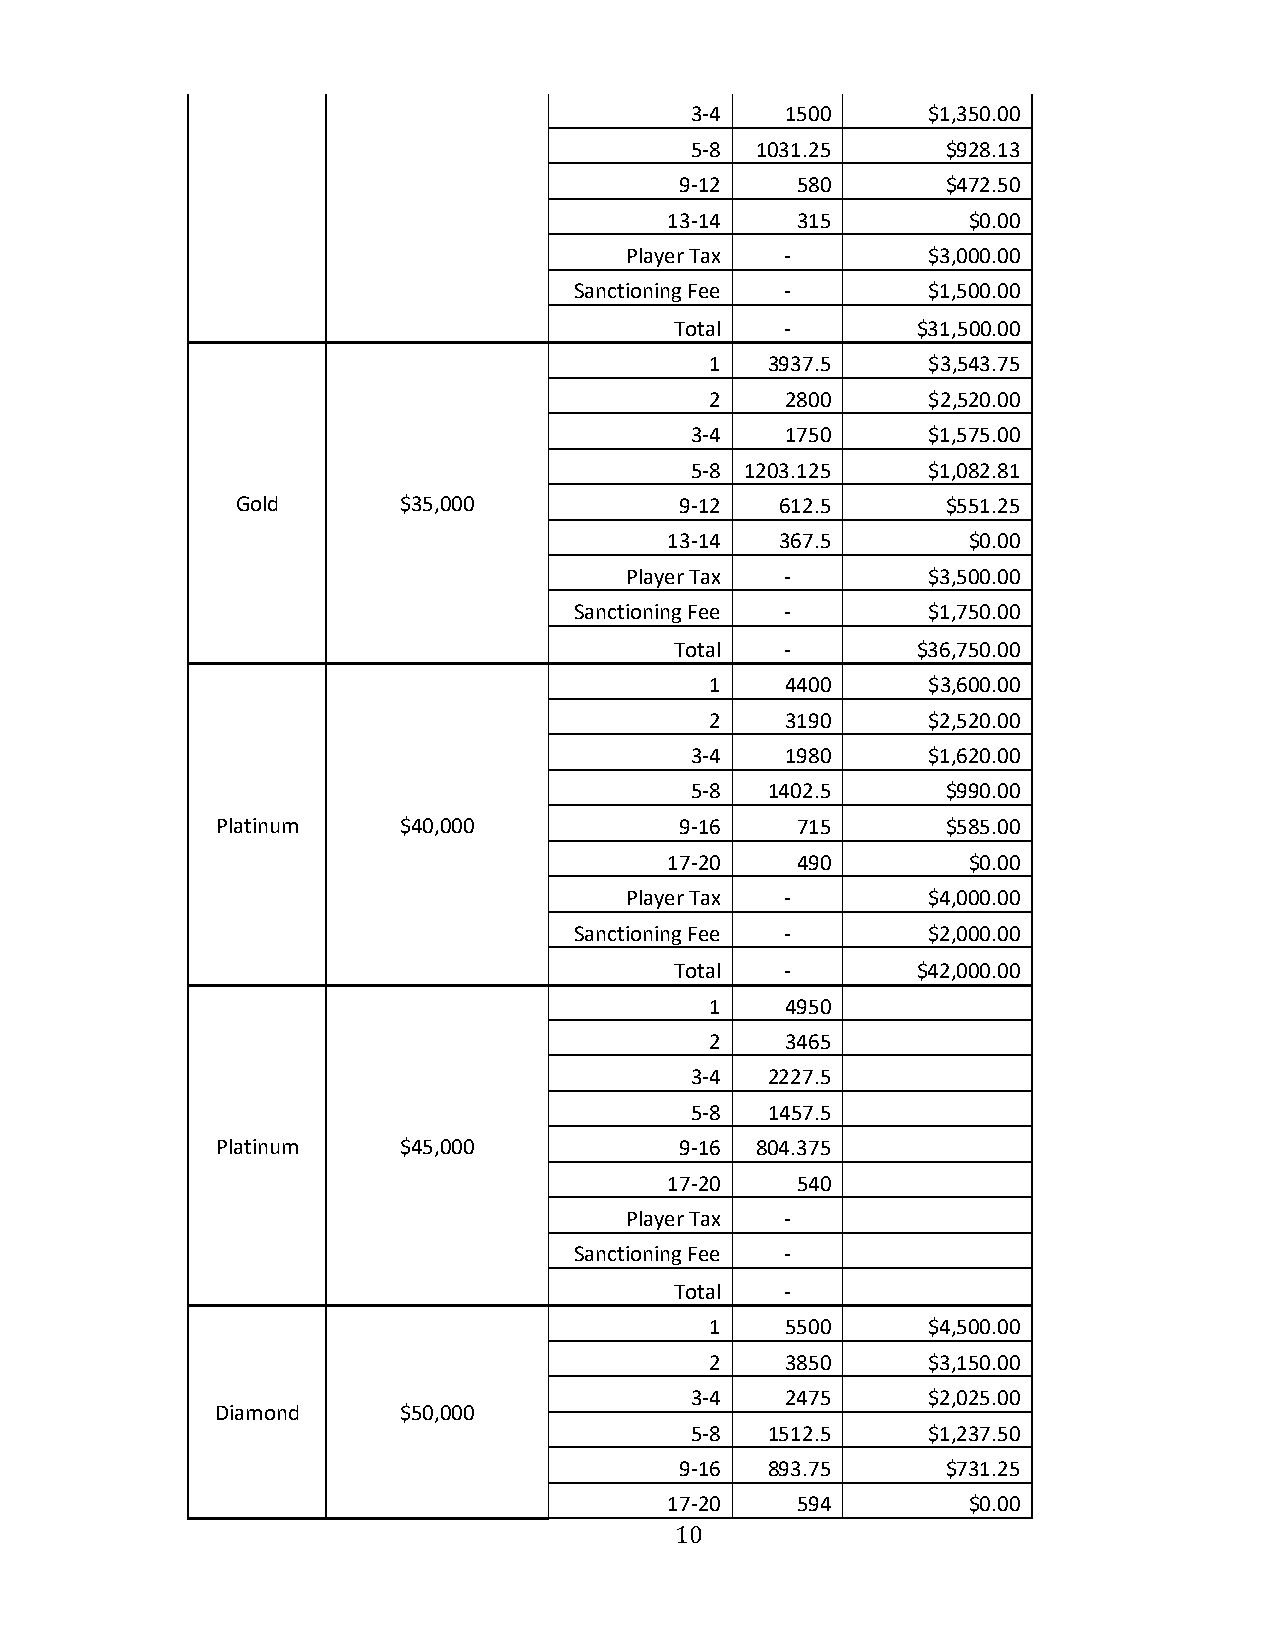
3-4   1500     $1,350.00
 5-8 1031.25      $928.13
 9-12    580       $472.50
 13-14    315        $0.00
 Player Tax -        $3,000.00
 Sanctioning Fee -      $1,500.00
 Total  -        $31,500.00
 1   3937.5    $3,543.75
 2    2800     $2,520.00
 3-4   1750     $1,575.00
 5-8 1203.125   $1,082.81
 Gold      $35,000            9-12   612.5      $551.25
 13-14   367.5       $0.00
 Player Tax -        $3,500.00
 Sanctioning Fee -      $1,750.00
 Total  -        $36,750.00
 1    4400     $3,600.00
 2    3190     $2,520.00
 3-4   1980     $1,620.00
 5-8  1402.5      $990.00
 Platinum    $40,000            9-16    715       $585.00
 17-20    490        $0.00
 Player Tax -        $4,000.00
 Sanctioning Fee -      $2,000.00
 Total  -        $42,000.00
 1    4950
 2    3465
 3-4  2227.5
 5-8  1457.5
 Platinum    $45,000            9-16 804.375
 17-20    540
 Player Tax -
 Sanctioning Fee -
 Total  -
 1    5500     $4,500.00
 2    3850     $3,150.00
 3-4   2475     $2,025.00
 Diamond     $50,000
 5-8  1512.5    $1,237.50
 9-16  893.75      $731.25
 17-20    594        $0.00
 10